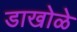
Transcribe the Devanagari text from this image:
डाखोळे